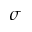
\sigma